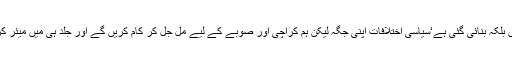
انہوں نے کہا کہ تحریک انصاف کراچی کی بڑی سیاسی جماعت نہیں بلکہ بنائی گئی ہے‘سیاسی اختلافات اپنی جگہ لیکن ہم کراچی اور صوبے کے لیے مل جل کر کام کریں گے اور جلد ہی میں میئر کراچی اور تمام ڈی ایم سیز کے چیئرمینوں سے بھی ملاقات کروں گا۔